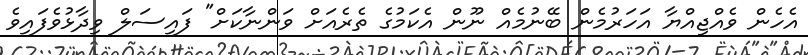
އެހެން ވެއްޖިއްޔާ އަހަރުމެން ބޭނުމެއް ނޫން އެކަމުގެ ތެރެއަށް ވަންނާކަށް" ފައިސަލް ވިދާޅުވެފައިވެ